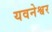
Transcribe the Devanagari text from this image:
यवनेश्वर